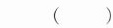
( )